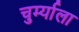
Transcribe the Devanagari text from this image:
चुर्म्याला